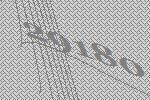
29180